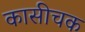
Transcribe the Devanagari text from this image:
कासीचक